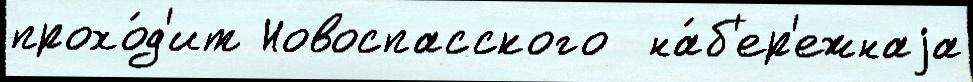
прохо́д'ит Новоспасского  на́б'ер'ежнаjа